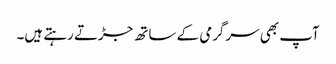
آپ بھی سرگرمی کے ساتھ جڑتے رہتے ہیں۔